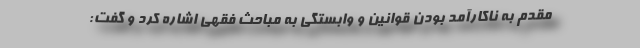
مقدم به ناکارآمد بودن قوانین و وابستگی به مباحث فقهی اشاره کرد و گفت: